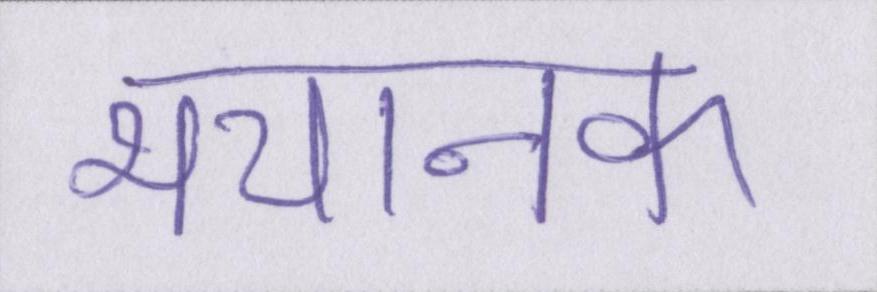
भयानक